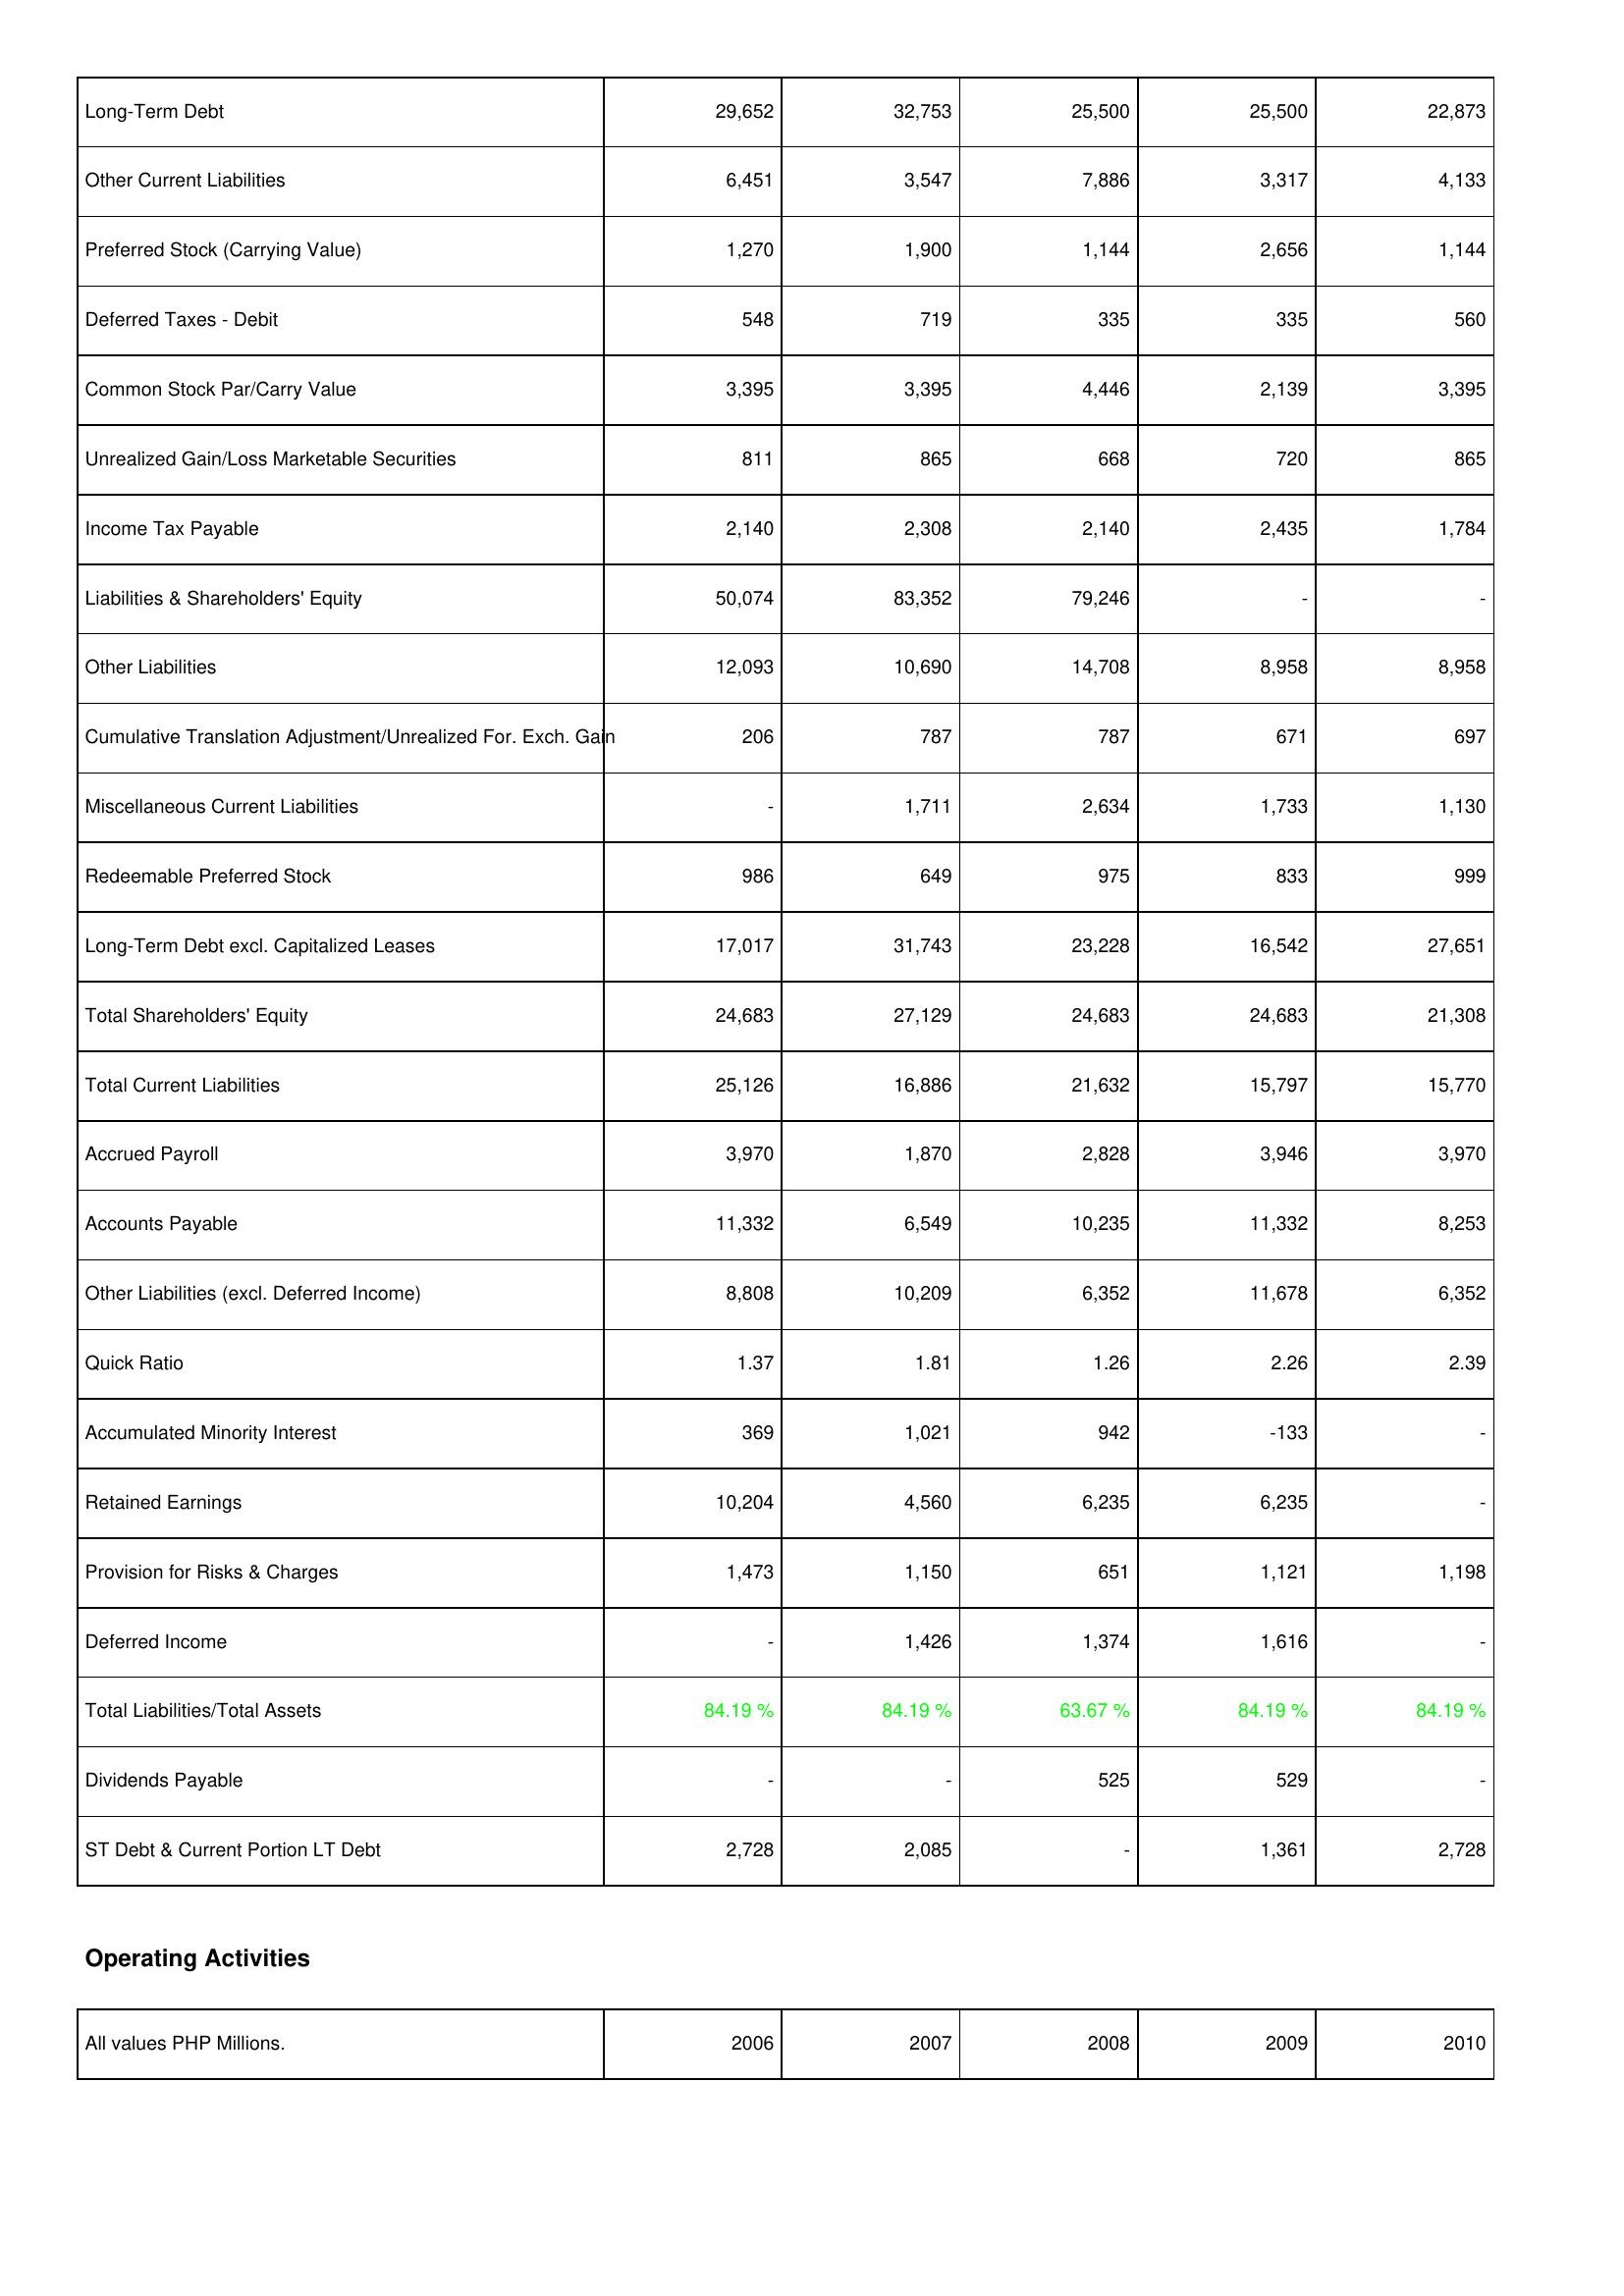
2006: Liabilities & Shareholders' Equity: Long-Term Debt: 29,652
Other Current Liabilities: 6,451
Preferred Stock (Carrying Value): 1,270
Deferred Taxes - Debit: 548
Common Stock Par/Carry Value: 3,395
Unrealized Gain/Loss Marketable Securities: 811
Income Tax Payable: 2,140
Liabilities & Shareholders' Equity: 50,074
Other Liabilities: 12,093
Cumulative Translation Adjustment/Unrealized For. Exch. Gain: 206
Miscellaneous Current Liabilities: -
Redeemable Preferred Stock: 986
Long-Term Debt excl. Capitalized Leases: 17,017
Total Shareholders' Equity: 24,683
Total Current Liabilities: 25,126
Accrued Payroll: 3,970
Accounts Payable: 11,332
Other Liabilities (excl. Deferred Income): 8,808
Quick Ratio: 1.37
Accumulated Minority Interest: 369
Retained Earnings: 10,204
Provision for Risks & Charges: 1,473
Deferred Income: -
Total Liabilities/Total Assets: 84.19 %
Dividends Payable: -
ST Debt & Current Portion LT Debt: 2,728
2007: Liabilities & Shareholders' Equity: Long-Term Debt: 32,753
Other Current Liabilities: 3,547
Preferred Stock (Carrying Value): 1,900
Deferred Taxes - Debit: 719
Common Stock Par/Carry Value: 3,395
Unrealized Gain/Loss Marketable Securities: 865
Income Tax Payable: 2,308
Liabilities & Shareholders' Equity: 83,352
Other Liabilities: 10,690
Cumulative Translation Adjustment/Unrealized For. Exch. Gain: 787
Miscellaneous Current Liabilities: 1,711
Redeemable Preferred Stock: 649
Long-Term Debt excl. Capitalized Leases: 31,743
Total Shareholders' Equity: 27,129
Total Current Liabilities: 16,886
Accrued Payroll: 1,870
Accounts Payable: 6,549
Other Liabilities (excl. Deferred Income): 10,209
Quick Ratio: 1.81
Accumulated Minority Interest: 1,021
Retained Earnings: 4,560
Provision for Risks & Charges: 1,150
Deferred Income: 1,426
Total Liabilities/Total Assets: 84.19 %
Dividends Payable: -
ST Debt & Current Portion LT Debt: 2,085
2008: Liabilities & Shareholders' Equity: Long-Term Debt: 25,500
Other Current Liabilities: 7,886
Preferred Stock (Carrying Value): 1,144
Deferred Taxes - Debit: 335
Common Stock Par/Carry Value: 4,446
Unrealized Gain/Loss Marketable Securities: 668
Income Tax Payable: 2,140
Liabilities & Shareholders' Equity: 79,246
Other Liabilities: 14,708
Cumulative Translation Adjustment/Unrealized For. Exch. Gain: 787
Miscellaneous Current Liabilities: 2,634
Redeemable Preferred Stock: 975
Long-Term Debt excl. Capitalized Leases: 23,228
Total Shareholders' Equity: 24,683
Total Current Liabilities: 21,632
Accrued Payroll: 2,828
Accounts Payable: 10,235
Other Liabilities (excl. Deferred Income): 6,352
Quick Ratio: 1.26
Accumulated Minority Interest: 942
Retained Earnings: 6,235
Provision for Risks & Charges: 651
Deferred Income: 1,374
Total Liabilities/Total Assets: 63.67 %
Dividends Payable: 525
ST Debt & Current Portion LT Debt: -
2009: Liabilities & Shareholders' Equity: Long-Term Debt: 25,500
Other Current Liabilities: 3,317
Preferred Stock (Carrying Value): 2,656
Deferred Taxes - Debit: 335
Common Stock Par/Carry Value: 2,139
Unrealized Gain/Loss Marketable Securities: 720
Income Tax Payable: 2,435
Liabilities & Shareholders' Equity: -
Other Liabilities: 8,958
Cumulative Translation Adjustment/Unrealized For. Exch. Gain: 671
Miscellaneous Current Liabilities: 1,733
Redeemable Preferred Stock: 833
Long-Term Debt excl. Capitalized Leases: 16,542
Total Shareholders' Equity: 24,683
Total Current Liabilities: 15,797
Accrued Payroll: 3,946
Accounts Payable: 11,332
Other Liabilities (excl. Deferred Income): 11,678
Quick Ratio: 2.26
Accumulated Minority Interest: -133
Retained Earnings: 6,235
Provision for Risks & Charges: 1,121
Deferred Income: 1,616
Total Liabilities/Total Assets: 84.19 %
Dividends Payable: 529
ST Debt & Current Portion LT Debt: 1,361
2010: Liabilities & Shareholders' Equity: Long-Term Debt: 22,873
Other Current Liabilities: 4,133
Preferred Stock (Carrying Value): 1,144
Deferred Taxes - Debit: 560
Common Stock Par/Carry Value: 3,395
Unrealized Gain/Loss Marketable Securities: 865
Income Tax Payable: 1,784
Liabilities & Shareholders' Equity: -
Other Liabilities: 8,958
Cumulative Translation Adjustment/Unrealized For. Exch. Gain: 697
Miscellaneous Current Liabilities: 1,130
Redeemable Preferred Stock: 999
Long-Term Debt excl. Capitalized Leases: 27,651
Total Shareholders' Equity: 21,308
Total Current Liabilities: 15,770
Accrued Payroll: 3,970
Accounts Payable: 8,253
Other Liabilities (excl. Deferred Income): 6,352
Quick Ratio: 2.39
Accumulated Minority Interest: -
Retained Earnings: -
Provision for Risks & Charges: 1,198
Deferred Income: -
Total Liabilities/Total Assets: 84.19 %
Dividends Payable: -
ST Debt & Current Portion LT Debt: 2,728